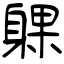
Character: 躶